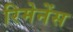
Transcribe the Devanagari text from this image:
रिमेनेंस